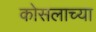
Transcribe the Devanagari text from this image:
कोसलाच्या